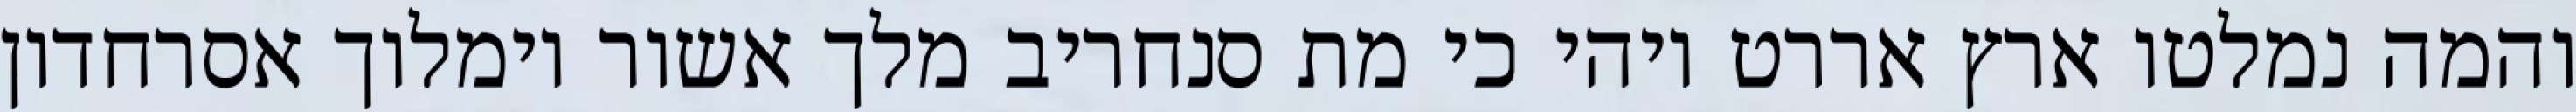
והמה נמלטו ארץ אררט ויהי כי מת סנחריב מלך אשור וימלוך אסרחדון